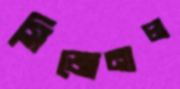
সিজোনাল